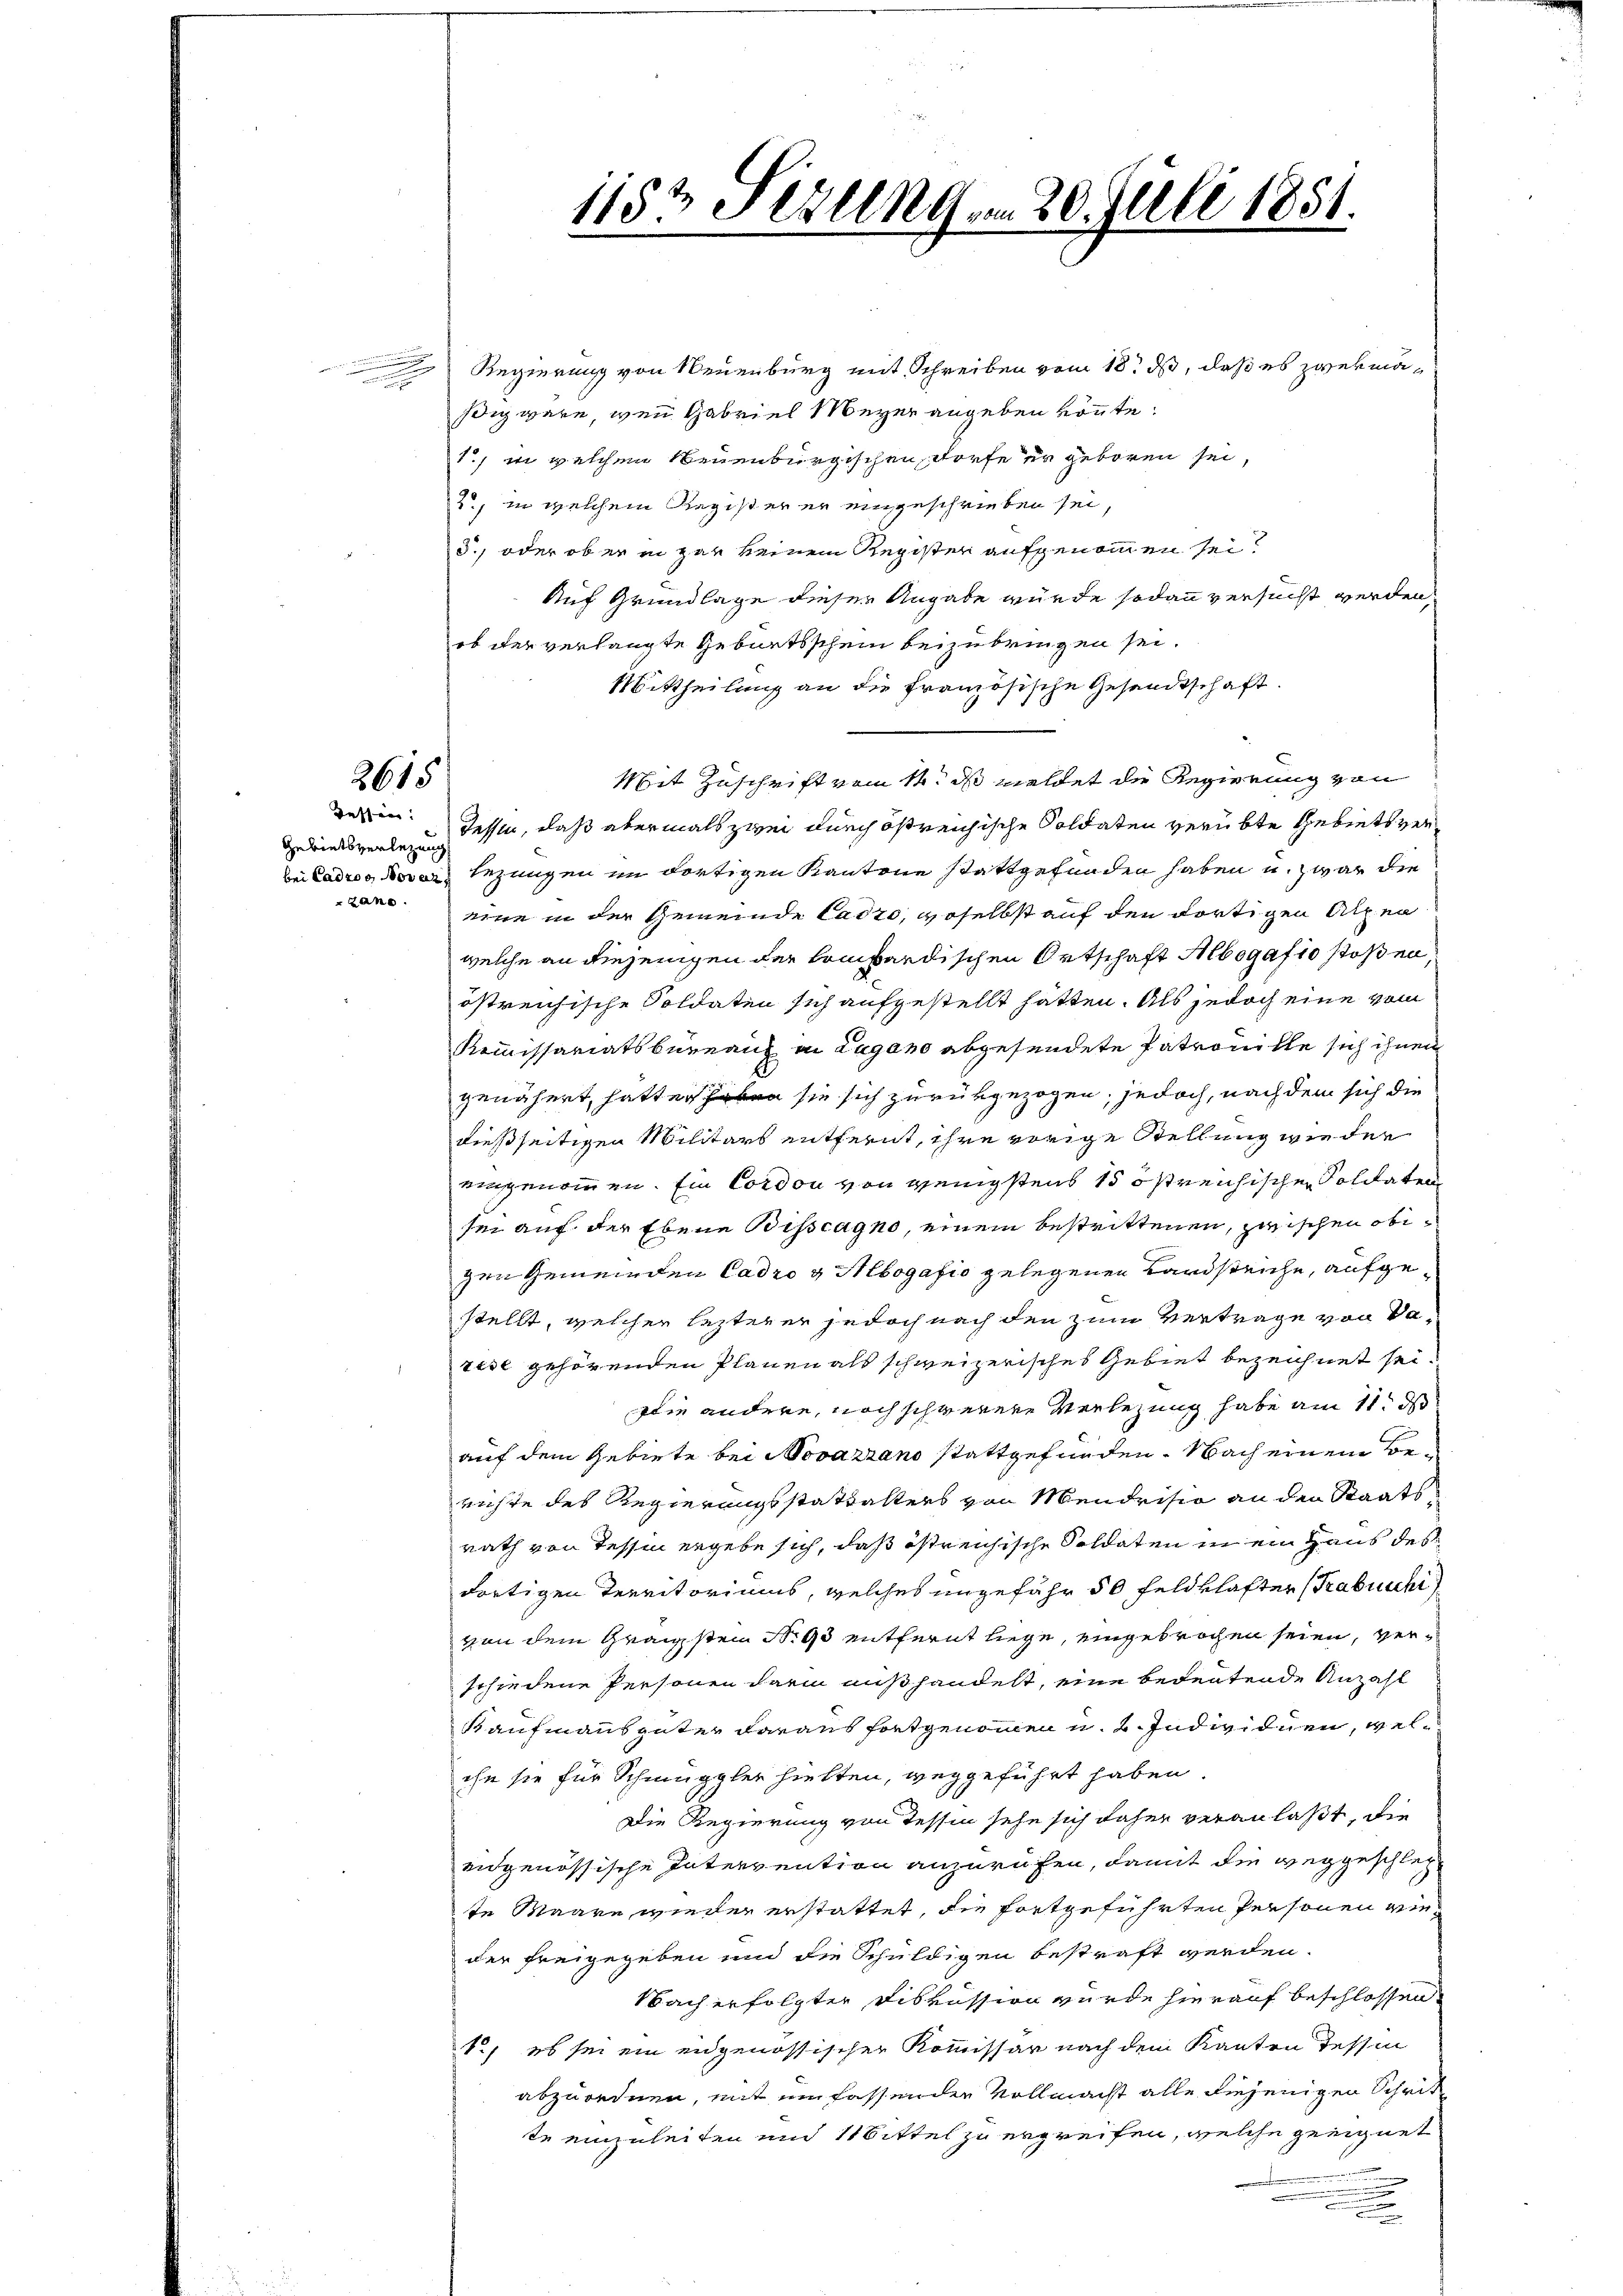
2615

Tessin:
Gebietsverlegung
zane.

Regierung von Neuenburg mit Schreiben vom 18. ds, daß es zwekmäsdig wäre, wenn Gabriel Meyer angeben könnte.
1., in welchem Neuenburgischen Dorfe er geboren sei,
2., in welchem Register er eingeschrieben sei,
3., oder ob er in gar keinem Register aufgenommen sei?
Auf Grundlage dieser Angabe würde sodann versucht werden,
ob der verlangte Geburtsschein beizubringen sei.
Mittheilung an die französische Gesandtschaft.
Mit Zuschrift vom 14. ds meldet die Regierung von
Tessin, daß abermals zwei durch östreichische Soldaten verübte Gebiets verbei Ladres, der Rezungen im dortigen Kantone stattgefunden haben u. zwar die
eine in der Gemeinde Cadro, woselbst auf den dortigen Alpen
welche an diejenigen der kombardischen Ortschaft Albogaf10 stoßen
östreichische Soldaten sich aufgestellt hätten. Als jedoch eine vom
Kommissariatsbureaux in Lugano abgesendete Patrouille sich ihnen
genähert, hatte sie sich zurückgezogen, jedoch, nach dem sich die
dießseitigen Militärs entfernt, ihre vorige Stellung wie der
eingenommen. Ein Cordon von wenigstens 15 östreichischen Soldaten
sei auf der Ebene Bisscagno, einem bestrittenen, zwischen obizen Gemeinden Cadro & Albogafio gelegenen Landsteiche, aufgestellt, welcher lezterer jedoch nach den zum Vertrage von Varise gehörenden Planen als schweizerisches Gebiet bezeichnet sei.
Die andere, noch schwerere Verlegung habe am 11. d
auf dem Gebiete bei Novazrano stattgefunden. Nach einem Berichte des Regierungsstattalters von Mendrisio an den Staatsrath von Tessin ergebe sich, daß östreichische Soldaten in ein Haus des
dortigen Territoriums, welches ungefähr 50 Feldklafter (Trabnuchi
von dem Graizstein Nr. 95 entfernt liege, eingebrochen seien, verschiedene Personen darin außhandelt, eine bedeutende Anzahl
Kaufmannsgüter daraus fortgenommen u. 2. Individuen, welihn sie für Schmuggler hielten, weggeführt haben.
Die Regierung von Tessin sehe sich daher veranlaßt, die
eidgenössische Intervention anzurufen, damit die weggeschlechte Maare wieder erstattet, die fortgeführten Personen wieder freigegeben und die Schuldigen bestraft werden.
Nach erfolgter Diskussion wurde hierauf beschlossen
S., es sei ein eidgenössischer Kommissar nach dem Kanton Tessin
abzuordnen, mit ein fassenden Vollmacht alle diejenigen Schritte einzuleiten und Mittel zu ergreifen, welche geeignet

1152 Stunden 20. Juli 1851.
e
e